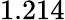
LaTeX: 1.214